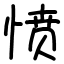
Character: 愤